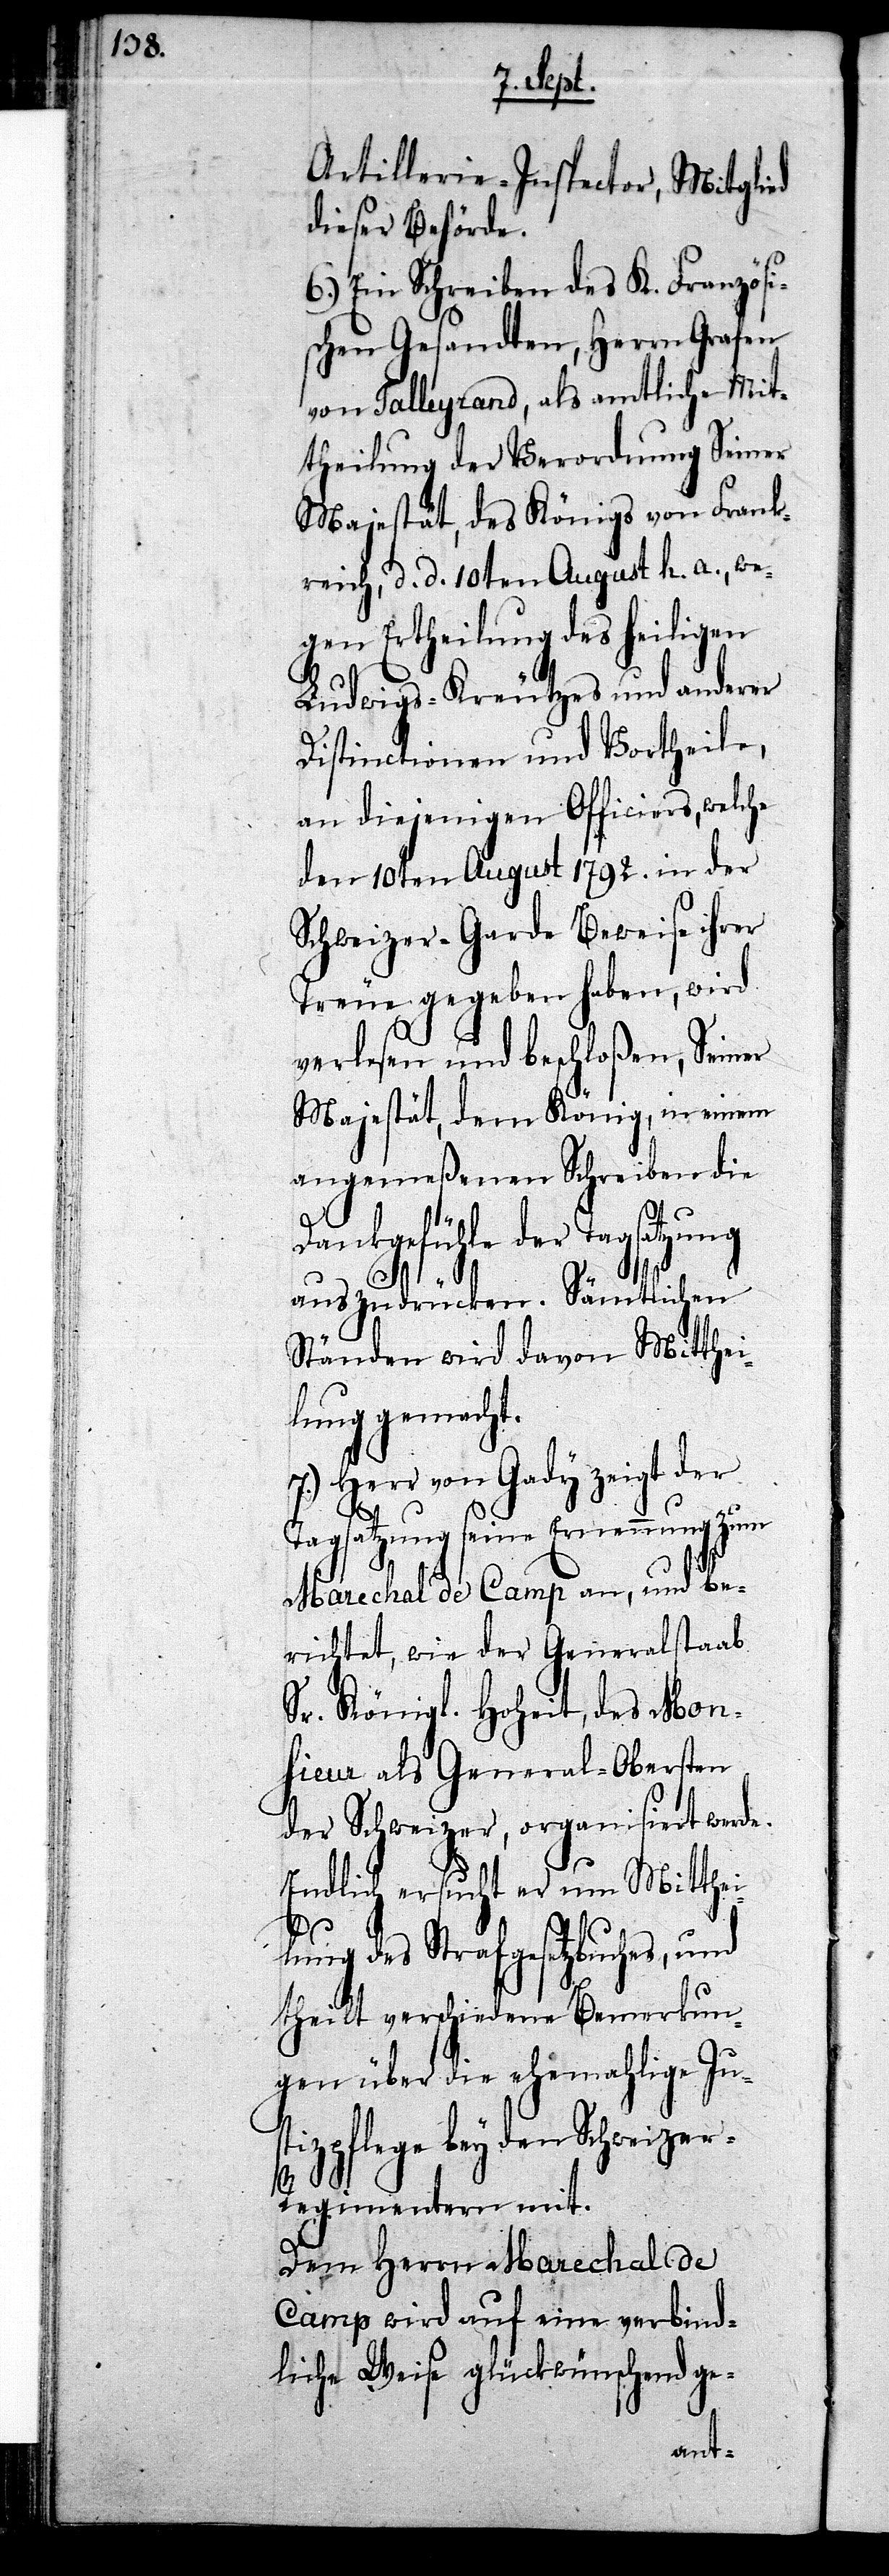
Artillerie-Inspector, Mitglied
dieser Behörde.
6.) Ein Schreiben des K. Französi¬
schen Gesandten, Herrn Grafen
von Talleyrand, als amtliche Mit¬
theilung der Verordnung Seiner
Majestät, des Königs von Frank¬
reich, d. d. 10ten August h. a., we¬
gen Ertheilung des heiligen
Ludwigs-Kreutzes und anderer
Distinctionen und Vortheile,
an diejenigen Officiers, welche
den 10ten August 1792. in der
Schweizer-Garde Beweise ihrer
Treue gegeben haben, wird
verlesen und beschloßen, Seiner
Majestät, dem König, in einem
angemeßenen Schreiben die
Dankgefühle der Tagsatzung
auszudrücken. Sämtlichen
Ständen wird davon Mitthei¬
lung gemacht.
Herr von Gady zeigt der
Tagsatzung seine Ernennung zum
Marechal de Camp an, und be¬
richtet, wie der Generalstaab
Sr. Königl. Hoheit, des Mon¬
sieur als General-Obersten
der Schweizer, organisiert wurde.
Endlich ersucht er um Mitthe¬
ilung des Strafgesetzbuches, und
theilt verschiedene Bemerkun¬
gen über die ehemahlige Just¬
izpflege bey den Schweize¬
r-Regimentern mit.
Dem Herrn Marechal de
Camp wird auf eine verbind¬
liche Weise glückwünschend ge-